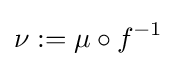
\nu :=\mu \circ f^{-1}